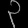
Digit: ၃